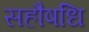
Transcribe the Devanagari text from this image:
सहौषधि